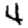
Digit: 4